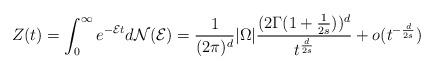
LaTeX: \begin{align*}Z(t)=\int_{0}^{\infty}e^{-\mathcal{E}t}d\mathcal{N}(\mathcal{E})=\frac{1}{(2\pi)^d}|\Omega|\frac{(2\Gamma(1+\frac{1}{2s}))^d}{t^{\frac{d}{2s}}}+o(t^{-\frac{d}{2s}})\end{align*}